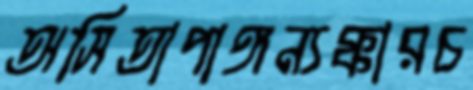
অসিতাপাঙ্গন্যক্কারচ